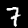
Label: 7